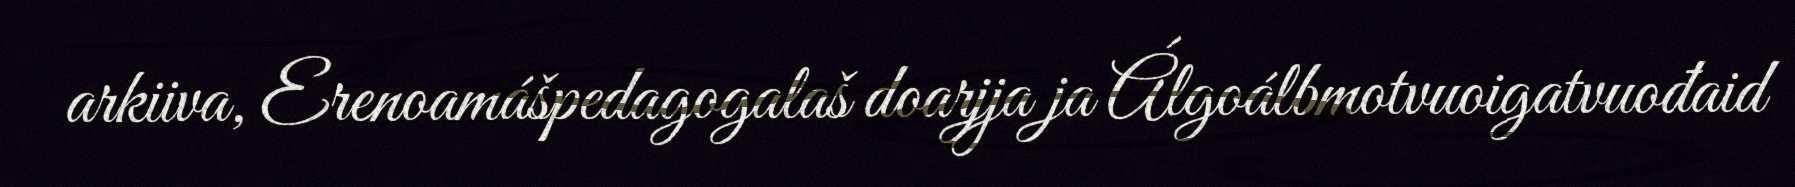
arkiiva, Erenoamášpedagogalaš doarjja ja Álgoálbmotvuoigatvuođaid